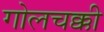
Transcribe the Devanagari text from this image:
गोलचक्की